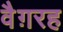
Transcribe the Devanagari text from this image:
वैग़रह